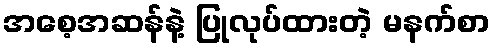
အစေ့အဆန်နဲ့ ပြုလုပ်ထားတဲ့ မနက်စာ